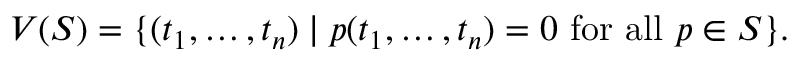
V ( S ) = \{ ( t _ { 1 } , \dots , t _ { n } ) \mid p ( t _ { 1 } , \dots , t _ { n } ) = 0 { \mathrm { ~ f o r ~ a l l ~ } } p \in S \} .